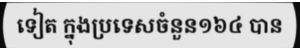
ទៀត ក្នុងប្រទេសចំនួន១៦៤ បាន